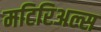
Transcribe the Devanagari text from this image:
मटिरिअल्स